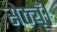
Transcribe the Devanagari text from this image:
सेठ्यूँ।